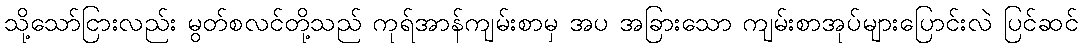
သို့သော်ငြားလည်း မွတ်စလင်တို့သည် ကုရ်အာန်ကျမ်းစာမှ အပ အခြားသော ကျမ်းစာအုပ်များပြောင်းလဲ ပြင်ဆင်